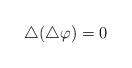
LaTeX: \begin{align*}\bigtriangleup (\bigtriangleup \varphi )=0 \end{align*}